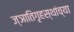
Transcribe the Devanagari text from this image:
ज्ञातिगृहस्थांच्या